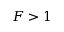
F > 1